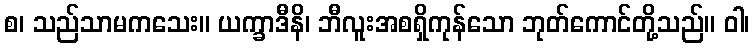
စ၊ သည်သာမကသေး။ ယက္ခာဒီနိ၊ ဘီလူးအစရှိကုန်သော ဘုတ်ကောင်တို့သည်။ ဝါ၊